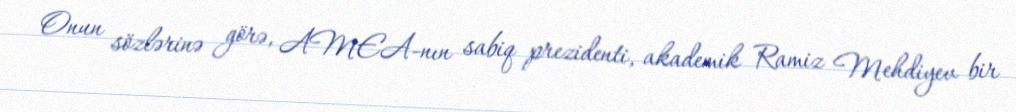
Onun sözlərinə görə, AMEA-nın sabiq prezidenti, akademik Ramiz Mehdiyev bir